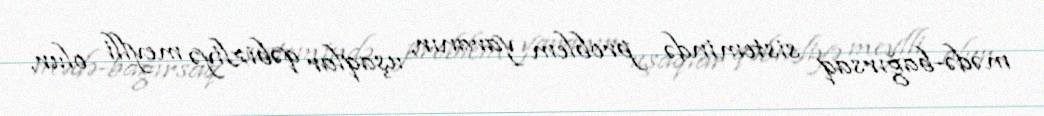
mədə-bağırsaq sistemində problem yaranır, uşaqlar qəbizliyə meylli olur,